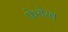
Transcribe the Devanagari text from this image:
फेरोख